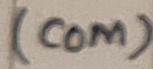
Text: (com)